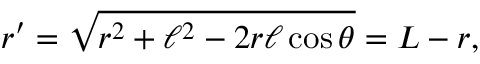
r ^ { \prime } = \sqrt { r ^ { 2 } + \ell ^ { 2 } - 2 r \ell \cos \theta } = L - r ,